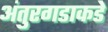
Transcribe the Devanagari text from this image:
अंतुरगडाकडे